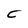
Character: C